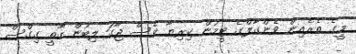
މީގެ ތެރެއިން ވެންގާލްގެ ޓީމުން ކިރިޔާ ވެސް ޖާގަ ލިބުން ގާތީ ގިގްސް